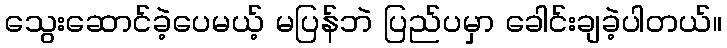
သွေးဆောင်ခဲ့ပေမယ့် မပြန်ဘဲ ပြည်ပမှာ ခေါင်းချခဲ့ပါတယ်။